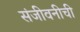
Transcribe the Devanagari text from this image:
संजीवनीची